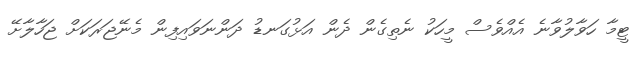
ޓީމާ ހަވާލުވާނެ އެއްވެސް މީހަކު ނެތިގެން ދެން އަޅުގަނޑު ދަންނަވައިފިން މެނޭޖަރަކަށް ޖަހާލާށޭ